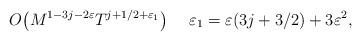
LaTeX: \begin{align*}O\big(M^{1-3j-2\varepsilon}T^{j+1/2+\varepsilon_1}\big)\ \ \ \ \varepsilon_1=\varepsilon(3j+3/2)+3\varepsilon^2,\end{align*}